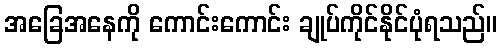
အခြေအနေကို ကောင်းကောင်း ချုပ်ကိုင်နိုင်ပုံရသည်။